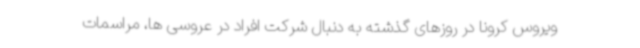
ویروس کرونا در روزهای گذشته به دنبال شرکت افراد در عروسی ها، مراسمات